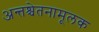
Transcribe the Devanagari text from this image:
अन्तश्चेतनामूलक